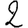
Digit: 2